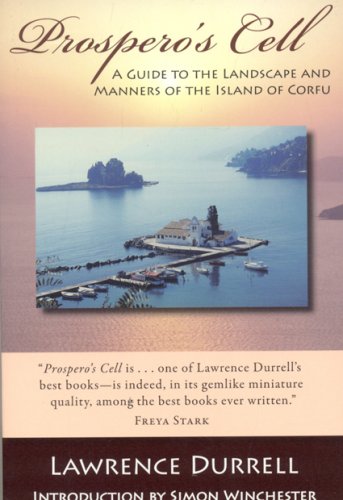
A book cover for Prospero's Cell: A Guide To The Landscape And Manners of The Island Of Corfu; Lawrence Durrell; Travel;